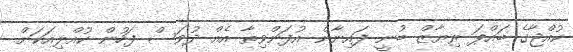
ކުއްޖާގެ ބައްޕަ ރިޔާޒް ބުނީ ފައިނާން އުފަންވިތާ އެއް ދުވަސް ފަހުން ކުއްލިއަކަށް